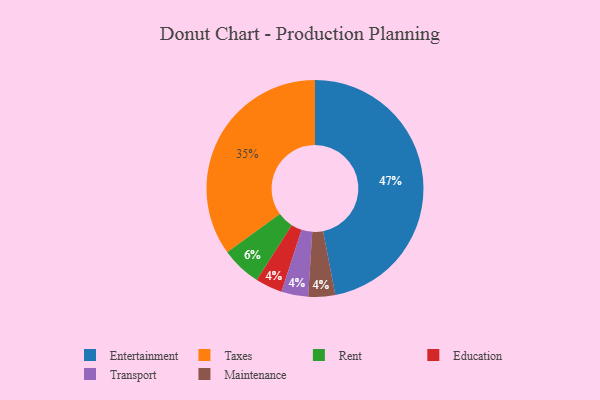
{"axis": {"x": "Category", "y": "Percentage"}, "legend": ["Education", "Entertainment", "Maintenance", "Rent", "Taxes", "Transport"], "data": [{"x": "Taxes", "y": 35, "type": "Taxes"}, {"x": "Education", "y": 4, "type": "Education"}, {"x": "Rent", "y": 6, "type": "Rent"}, {"x": "Transport", "y": 4, "type": "Transport"}, {"x": "Maintenance", "y": 4, "type": "Maintenance"}, {"x": "Entertainment", "y": 47, "type": "Entertainment"}]}